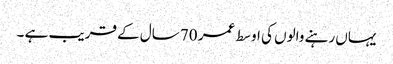
یہاں رہنے والوں کی اوسط عمر 70 سال کے قریب ہے ۔